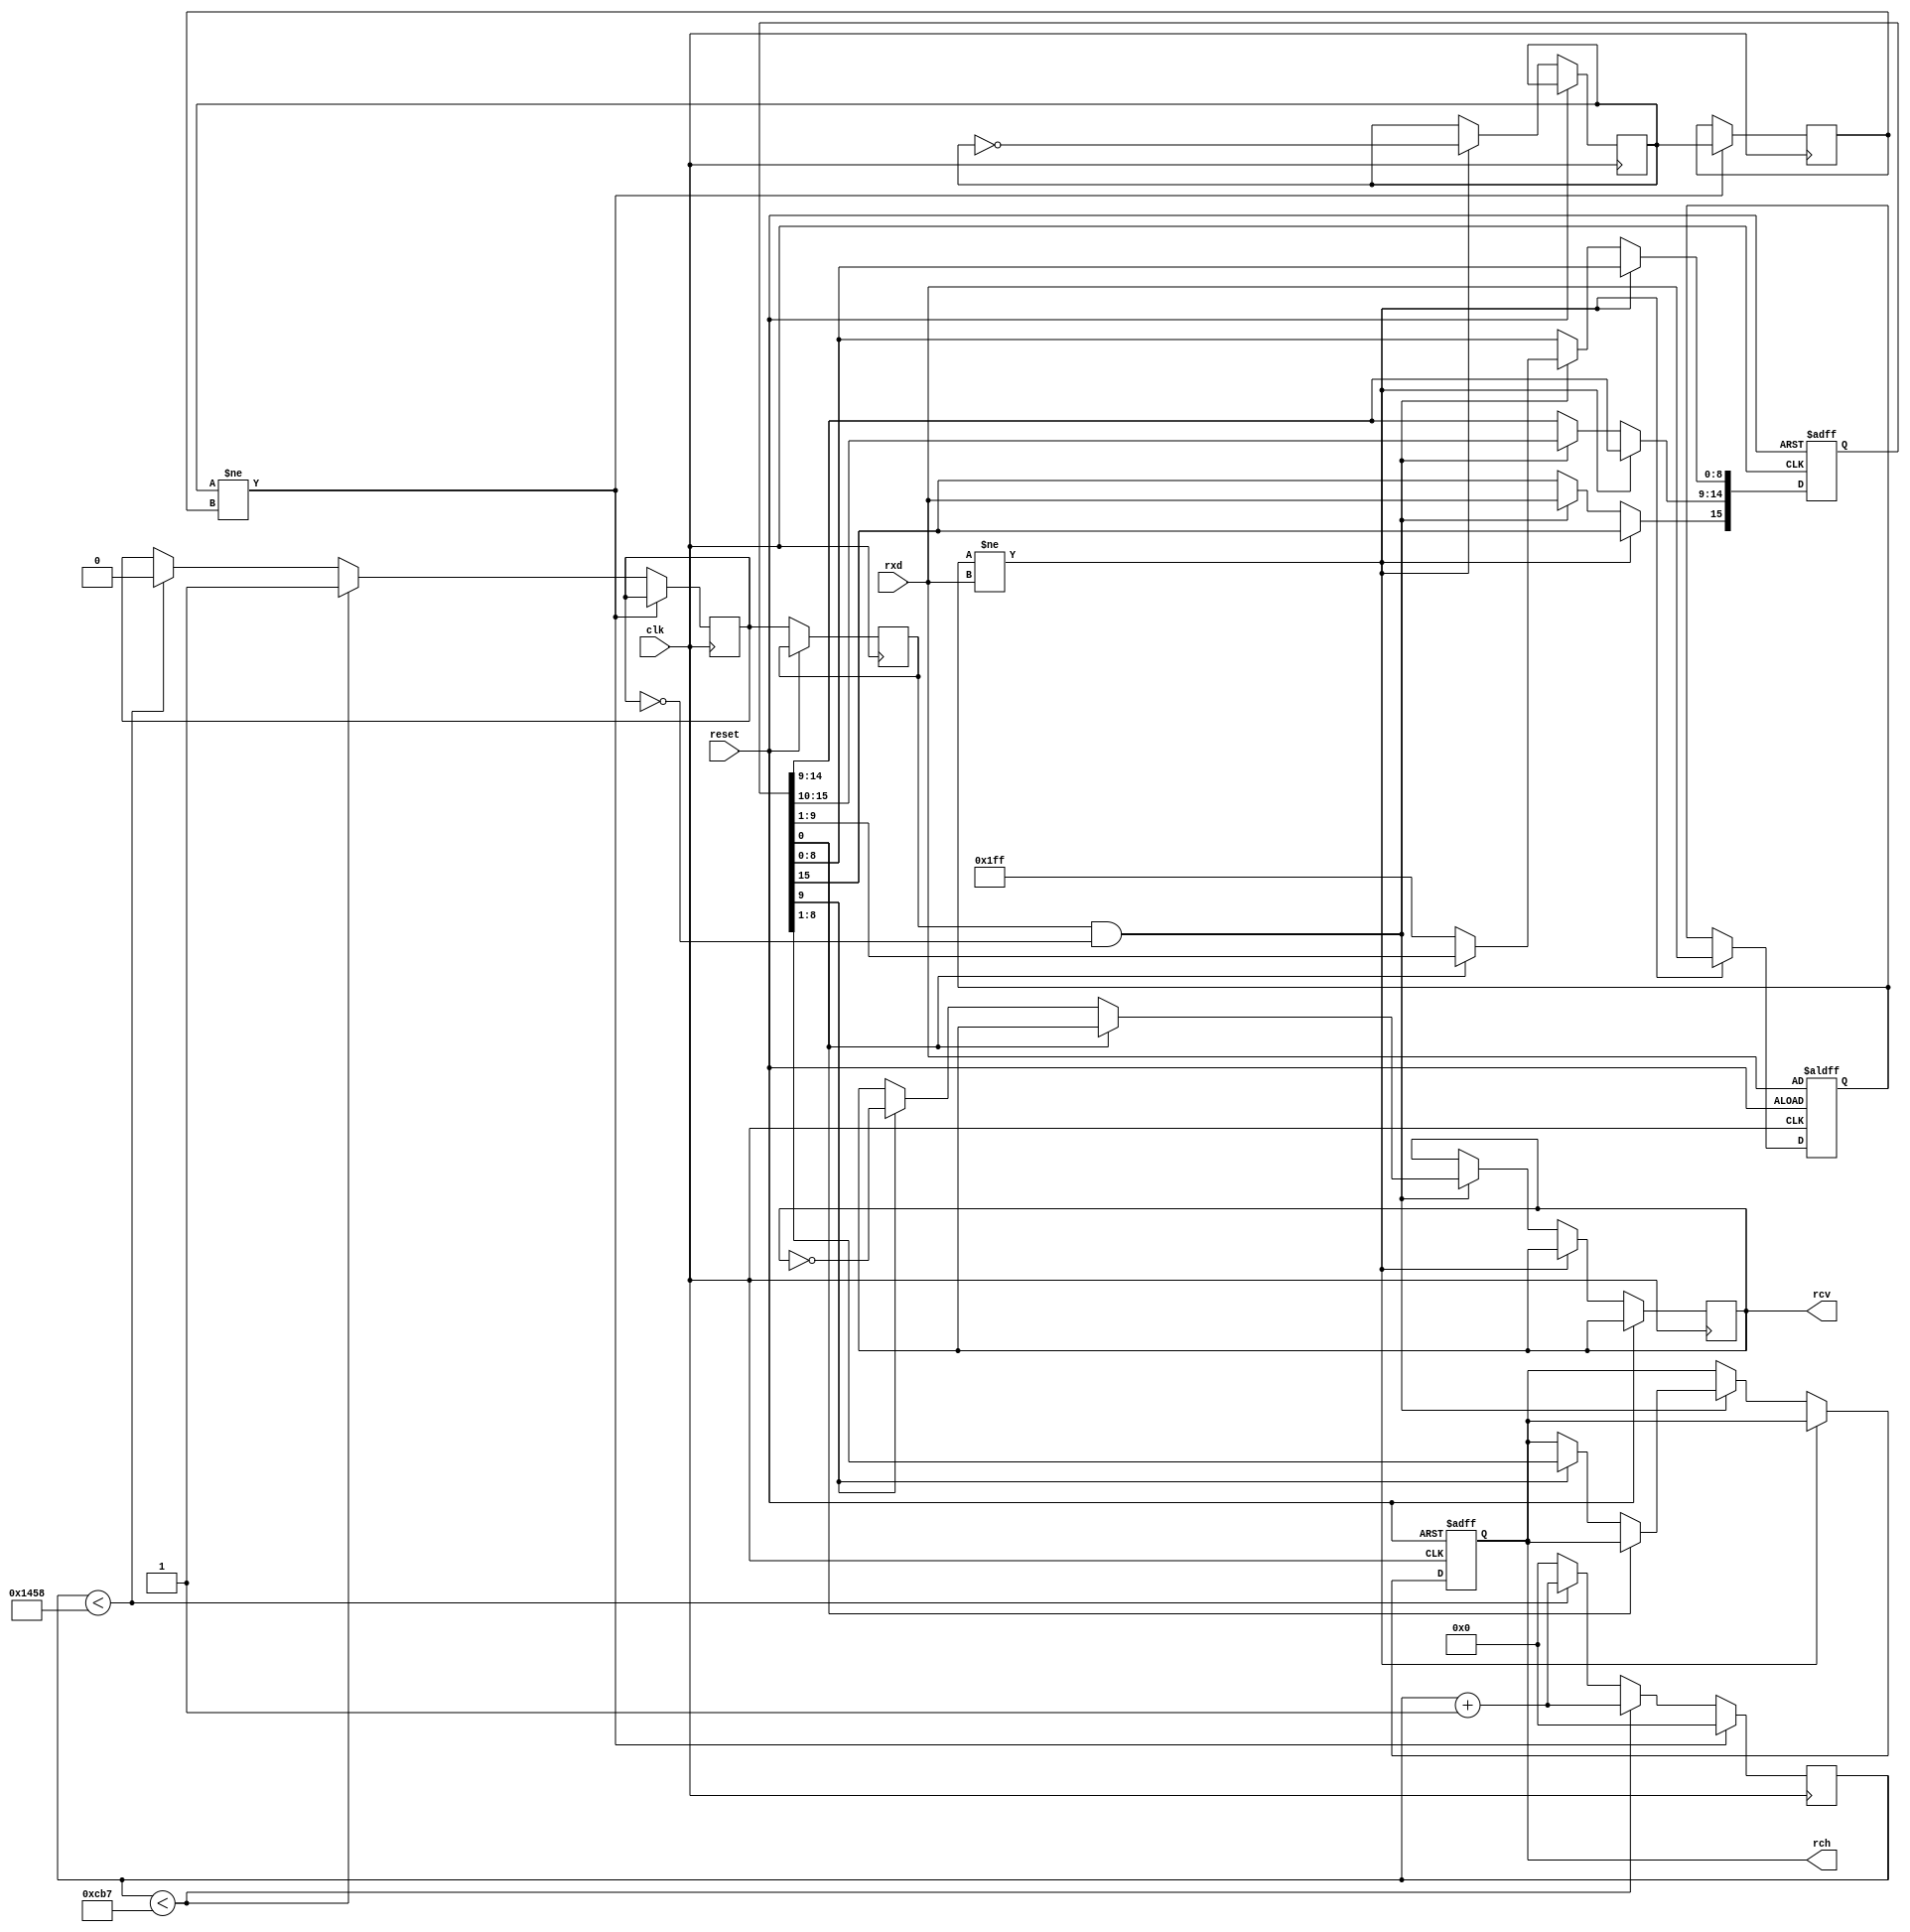
`timescale 1ns / 1ps

module rx(clk, rxd, rch, rcv, reset);

	input clk;
	input rxd;
	output [7:0] rch;
	output rcv;
	input reset;

	parameter CLOCK = 50000000;
	parameter RATE = 9600;

	reg [7:0] rch_out;
	reg rcv_out;
	assign rch = rch_out;
	assign rcv = rcv_out;

	reg [15:0] clock_count;
	reg clk_reset;
	reg clk_reset_old;
	reg serclk;
	reg serclk_old;

	reg receiving;
	reg parity;
	reg rxd_old;

	reg [15:0] buffer;

always @(posedge clk)
begin
	if (clk_reset != clk_reset_old)
	begin
		clock_count <= 0;
		clk_reset_old <= clk_reset;
	end
	// Xgbvrbg1.5rbgMJnM
	// ^C~OIC
	// 5/8 uNbNMsD
	else if (clock_count < (((CLOCK / RATE) * 5) / 8))
	begin
		serclk <= 1'b1;
		clock_count <= clock_count + 1;
	end
	else if (clock_count < (CLOCK / RATE))
	begin
		serclk <= 1'b0;
		clock_count <= clock_count + 1;
	end
	else
	begin
		clock_count <= 0;
	end
end

always @(posedge reset or negedge clk)
begin
	if (reset == 1'b1)
	begin
		rch_out   <=  8'b00000000;
		buffer    <= 16'b1111111111111111;
		receiving <= 1'b0;
		parity    <= 1'b0;
		rxd_old   <= rxd;
	end
	else
	begin
		// Xgbvrbg1.5rbgMJnM
		// NlCK serclk_old D
		serclk_old <= serclk;
		if (rxd_old != rxd)
		begin
			clk_reset <= ~clk_reset;
			rxd_old   <= rxd;
		end
		else if ((serclk_old == 1'b1) && (serclk == 1'b0)) // negedge
		begin
			if (buffer[0] == 1'b0)
			begin
				receiving    <= 1'b0;
				buffer[8:0]  <= 9'b111111111;
				buffer[14:9] <= buffer[15:10];
				buffer[15]   <= rxd;
				if (buffer[9] == 1'b1) // stop bit
				begin
					rch_out <= buffer[8:1];
					rcv_out <= ~rcv_out;
				end
				// odd parity check
				// if (parity != 1'b1) error;
			end
			else
			begin
				if (receiving)
					parity <= parity ^ buffer[9];
				else if (buffer[9] == 1'b0) // start bit
				begin
					parity    <= 1'b0;
					receiving <= 1'b1;
				end
				buffer[14:0] <= buffer[15:1];
				buffer[15]   <= rxd;
			end
		end
	end
end

endmodule